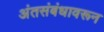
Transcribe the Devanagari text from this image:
अंतसंबंधावरून